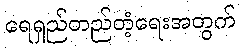
ရေရှည်တည်တံ့ရေးအတွက်